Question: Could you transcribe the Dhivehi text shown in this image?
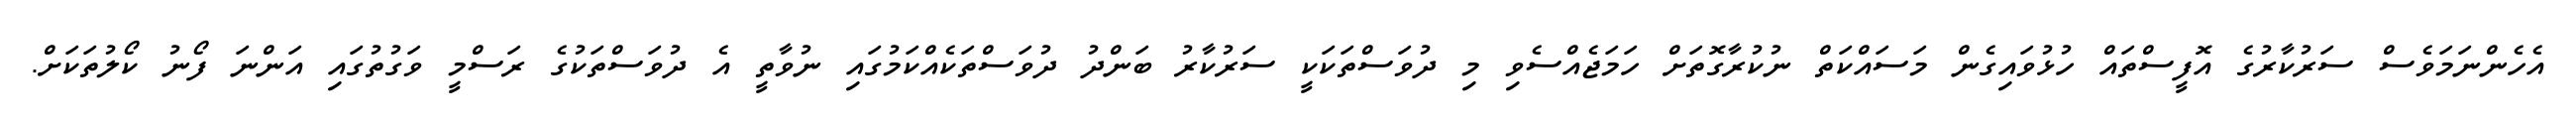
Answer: އެހެންނަމަވެސް ސަރުކާރުގެ އޮފީސްތައް ހުޅުވައިގެން މަސައްކަތް ނުކުރާގޮތަށް ހަމަޖެއްސެވި މި ދުވަސްތަކަކީ ސަރުކާރު ބަންދު ދުވަސްތަކެއްކަމުގައި ނުވާތީ އެ ދުވަސްތަކުގެ ރަސްމީ ވަގުތުގައި އަންނަ ފޯނު ކޯލުތަކަށް.